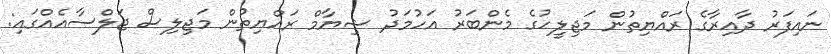
ނައިފަރު ދާއިރާގެ ރައްޔިތުން މަޖިލީހުގެ މެންބަރު އަހުމަދު ޝިޔާމް ރައްޔިތުން މަޖިލިސް ޖަލްސާއެއްގައި: